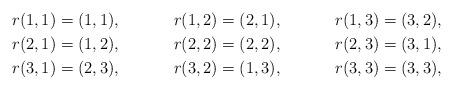
LaTeX: \begin{align*} &r(1,1)=(1,1), && r(1,2)=(2,1), && r(1,3)=(3,2),\\&r(2,1)=(1,2), && r(2,2)=(2,2), && r(2,3)=(3,1),\\&r(3,1)=(2,3), && r(3,2)=(1,3), && r(3,3)=(3,3),\end{align*}